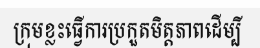
ក្រុមខ្លះធ្វើការប្រកួតមិត្តភាពដើម្បី